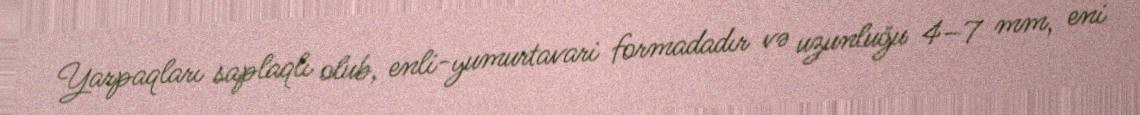
Yarpaqları saplaqlı olub, enli-yumurtavari formadadır və uzunluğu 4–7 mm, eni